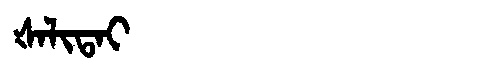
Manchu: ᡧᠠᠯᡳᡨᠠᡳ
Romanization: ŠALITAI